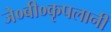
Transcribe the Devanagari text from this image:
जे०बी०कृपलानी